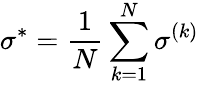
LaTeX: \sigma^{*}=\frac{1}{N}\sum_{k=1}^{N}\sigma^{(k)}